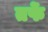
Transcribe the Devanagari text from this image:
तर्फेे